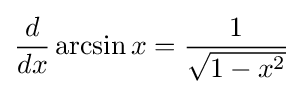
{\frac {d}{dx}}\arcsin x={\frac {1}{\sqrt {1-x^{2}}}}